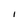
Character: I